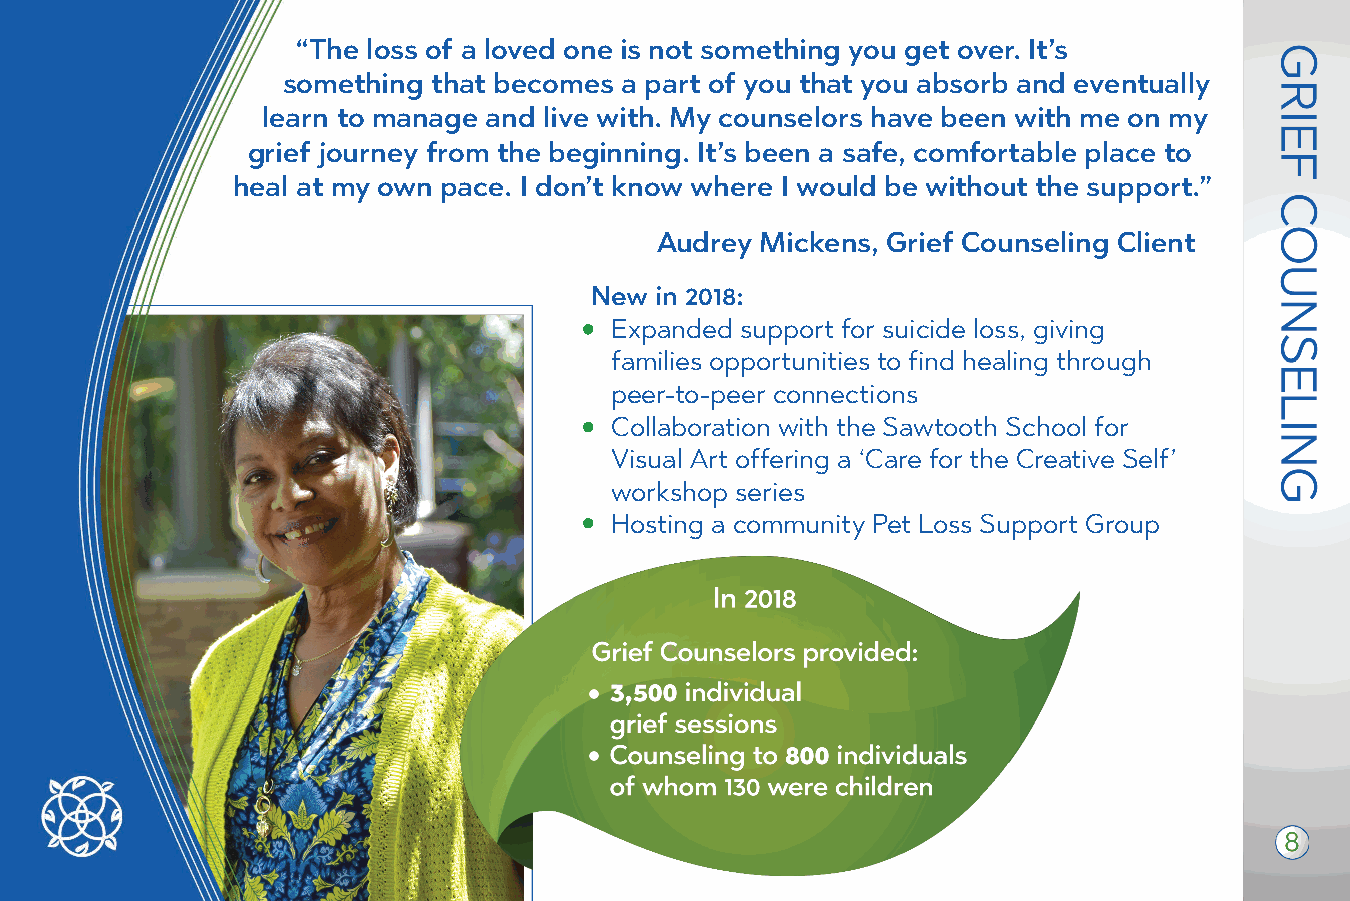
“The loss of a loved one is not something you get over. It’s
 something that becomes a part of you that you absorb and eventually
 learn to m anage and live with. My counselors have been with me on my
 grief j ourney from the beginning. It’s been a safe, comfortable place to
 heal at my own pace. I don’t know where I would be without the support.”
 Audrey Mickens, Grief Counseling Client
 New in 2018:
 Expanded support for suicide loss, giving
 families opportunities to find healing through
 peer-to-peer connections
 Collaboration with the Sawtooth School for
 Visual Art offering a ‘Care for the Creative Self’
 workshop series
 Hosting a community Pet Loss Support Group